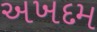
અખદમ